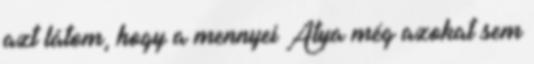
azt látom, hogy a mennyei Atya még azokat sem